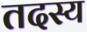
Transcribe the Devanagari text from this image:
तदस्य